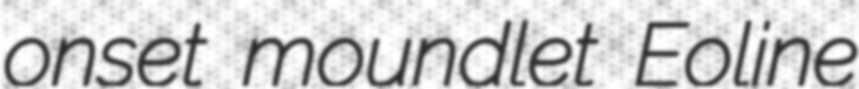
onset moundlet Eoline